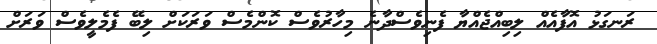
ރަނގަޅު އޮފާއެއް ލިބިއްޖެއްޔާ ފެނިވެސްދާނެ މިހާރުވެސް ކޮންމެސް ވަރަކަށް ލިބޭ ފެމެލީވެސް ވަރަށް